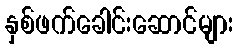
နှစ်ဖက်ခေါင်းဆောင်များ